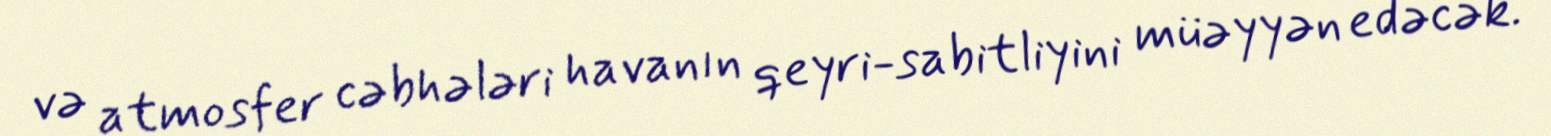
və atmosfer cəbhələri havanın qeyri-sabitliyini müəyyən edəcək.